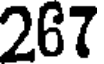
267